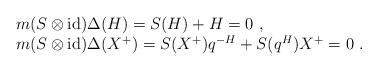
LaTeX: \begin{align*}\begin{array}{rcl}& &m(S\otimes{\rm id})\Delta(H)=S(H)+H=0~,\\& &m(S\otimes{\rm id})\Delta(X^+)=S(X^+)q^{-H}+S(q^H)X^+=0~.\end{array}\end{align*}